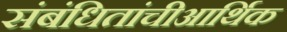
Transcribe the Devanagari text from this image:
संबंधितांचीआर्थिक